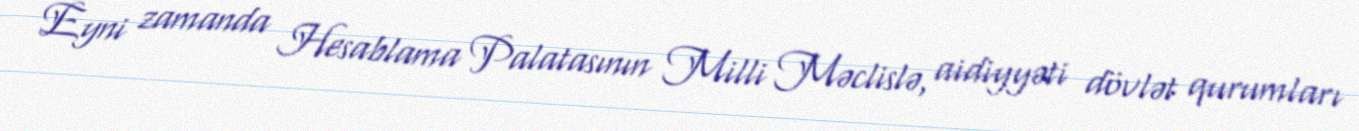
Eyni zamanda Hesablama Palatasının Milli Məclislə, aidiyyəti dövlət qurumları